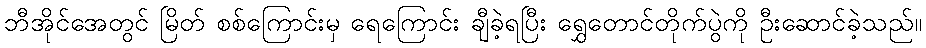
ဘီအိုင်အေတွင် မြိတ် စစ်ကြောင်းမှ ရေကြောင်း ချီခဲ့ရပြီး ရွှေတောင်တိုက်ပွဲကို ဦးဆောင်ခဲ့သည်။